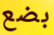
بضع